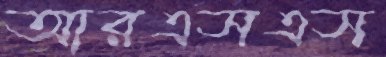
আরএসএস